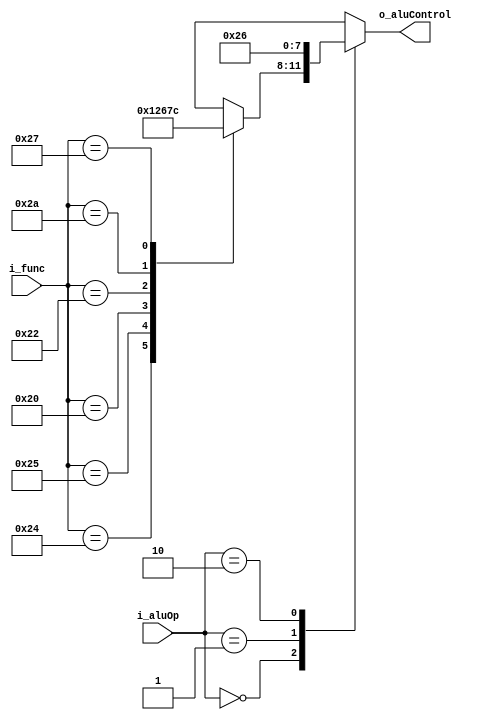
module aluControl(i_aluOp, i_func, o_aluControl);
 
input       [1:0]   i_aluOp;
input       [5:0]   i_func;
output  reg [3:0]   o_aluControl;

localparam AND = 4'b0000, OR = 4'b0001, ADD = 4'b0010;
localparam SUB = 4'b0110, SOLT = 4'b0111, NOR = 4'b1100;

always @(*) begin 
case (i_aluOp)
	2'b00: case (i_func)
			6'b100100 : o_aluControl = AND;
			6'b100101 : o_aluControl = OR;
			6'b100000 : o_aluControl = ADD;
			6'b100010 : o_aluControl = SUB;
			6'b101010 : o_aluControl = SOLT;
			6'b100111 : o_aluControl = NOR;
		default : o_aluControl = 4'bxxxx;
	endcase
	2'b01: o_aluControl <= ADD;
	2'b10: o_aluControl <= SUB;
	default : o_aluControl = 4'bxxxx;
endcase

end

endmodule